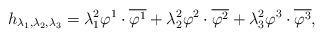
LaTeX: \begin{align*}h_{\lambda_1,\lambda_2,\lambda_3}=\lambda_1^2\varphi^1\cdot\overline{\varphi^1}+\lambda_2^2\varphi^2\cdot\overline{\varphi^2}+\lambda_3^2\varphi^3\cdot\overline{\varphi^3},\end{align*}